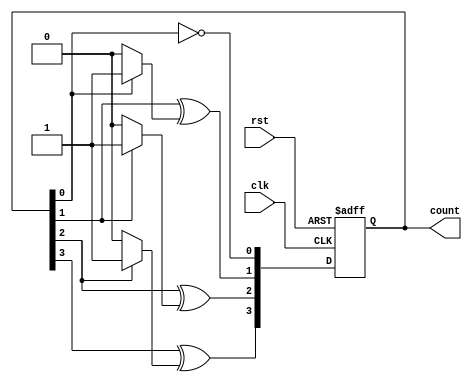
module cascaded_counter #(parameter N = 4) (
    input clk,          // Clock input
    input rst,          // Asynchronous reset
    output [N-1:0] count // N-bit counter output
);
    reg [N-1:0] count_reg; // Register to hold the count value

    // Flip-flop logic
    always @(posedge clk or posedge rst) begin
        if (rst) begin
            count_reg <= 0; // Reset count to 0
        end else begin
            // Increment logic
            // The LSB toggles on every clock edge
            count_reg[0] <= ~count_reg[0];
            // For the subsequent bits, we need to check if the LSB transitions from '1' to '0'
            count_reg[1] <= count_reg[1] ^ (count_reg[0] ? 1'b1 : 1'b0);
            count_reg[2] <= count_reg[2] ^ (count_reg[1] ? 1'b1 : 1'b0);
            count_reg[3] <= count_reg[3] ^ (count_reg[2] ? 1'b1 : 1'b0);
            // Add more lines for additional bits as needed
        end
    end

    assign count = count_reg; // Connect the register to the output

endmodule